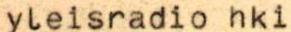
yleisradio hki